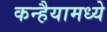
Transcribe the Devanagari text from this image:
कन्हैयामध्ये